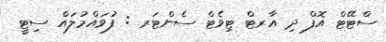
ސްޓޭޓް އޮފް ދި އާރޓް ޓިވެޓް ސެންޓަރ : ފުވައްމުލައް ސިޓީ